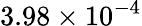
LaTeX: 3.98\times 10^{-4}